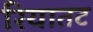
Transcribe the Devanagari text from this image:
रियातट